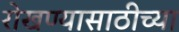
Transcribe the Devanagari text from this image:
रोखण्यासाठीच्या